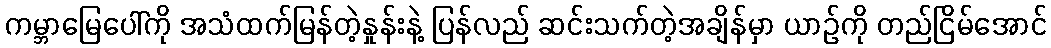
ကမ္ဘာမြေပေါ်ကို အသံထက်မြန်တဲ့နှုန်းနဲ့ ပြန်လည် ဆင်းသက်တဲ့အချိန်မှာ ယာဉ်ကို တည်ငြိမ်အောင်